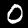
Label: 0